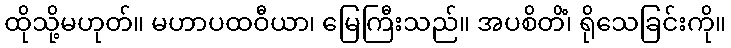
ထိုသို့မဟုတ်။ မဟာပထဝီယာ၊ မြေကြီးသည်။ အပစိတိံ၊ ရိုသေခြင်းကို။